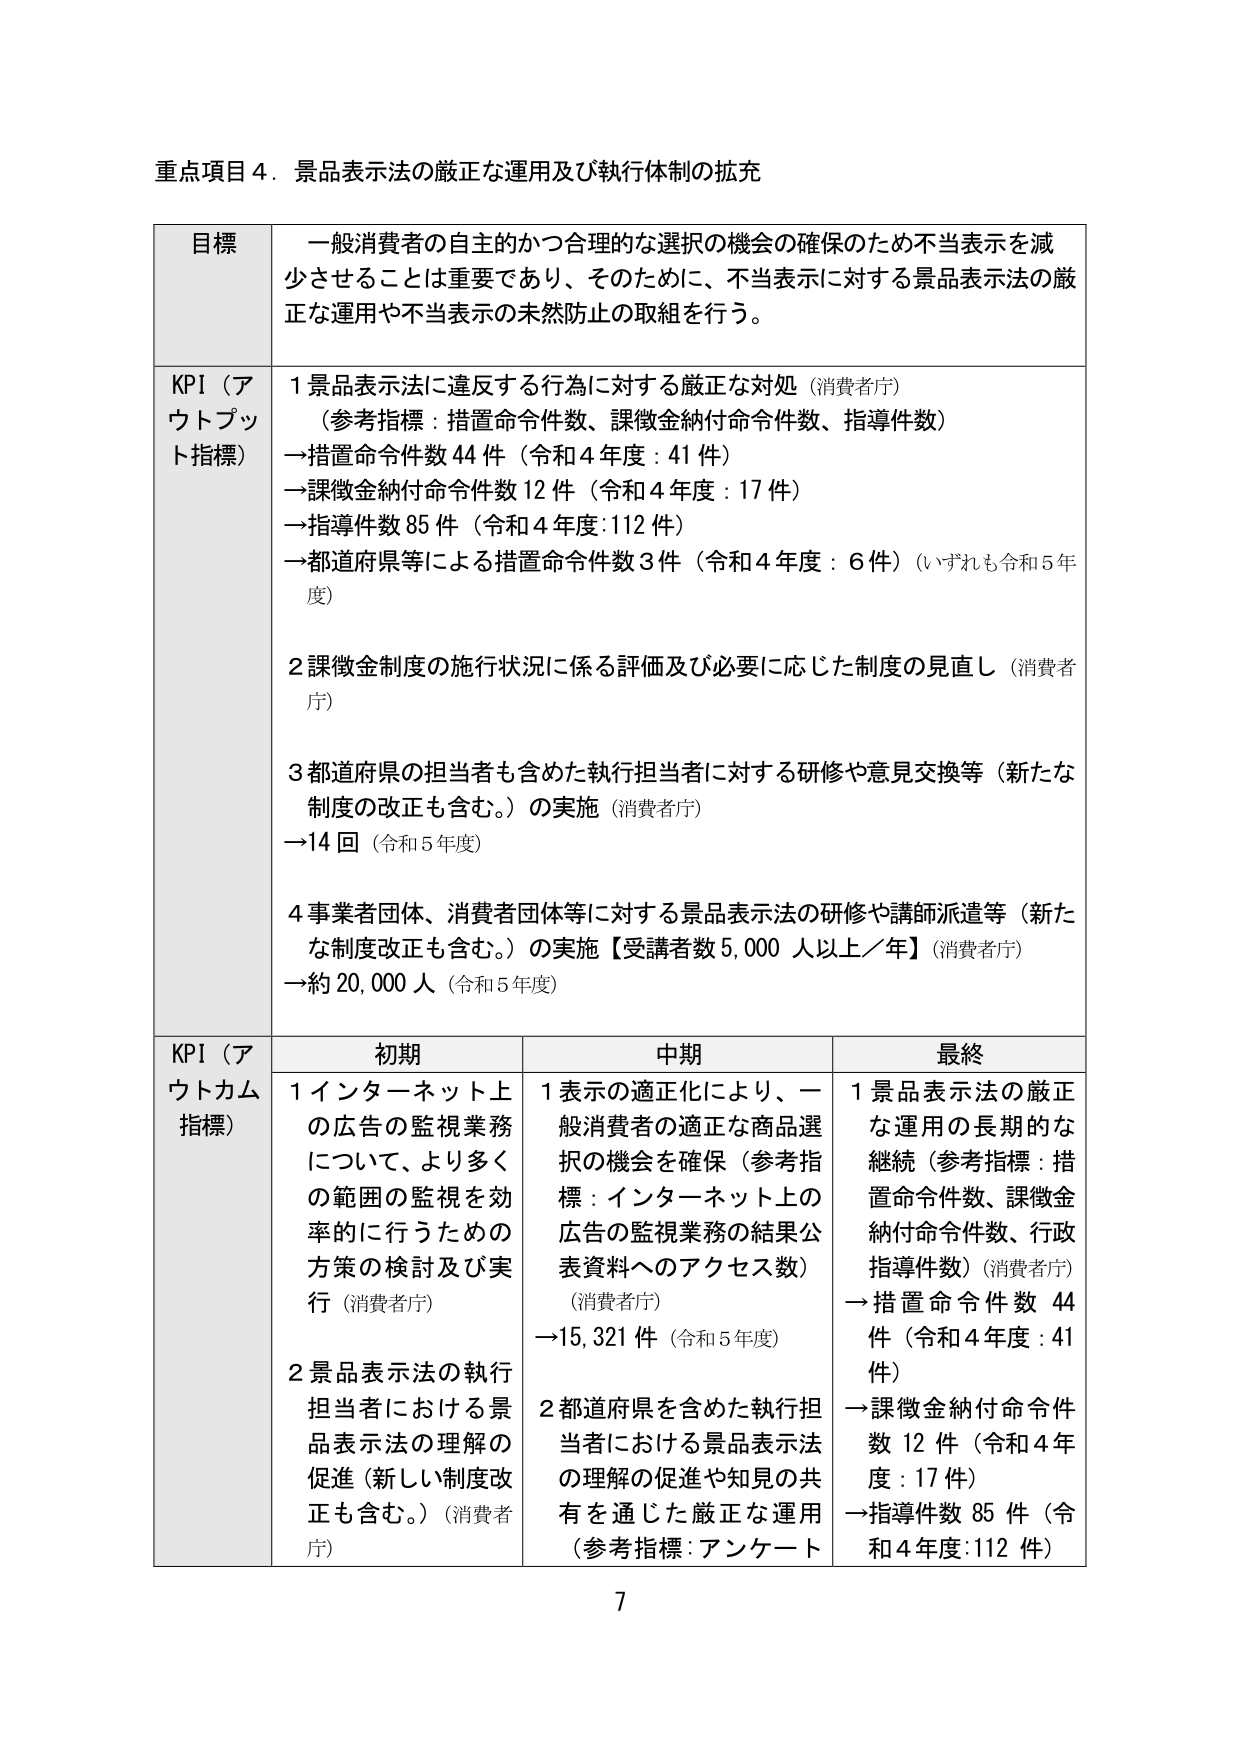
重点項目４．景品表示法の厳正な運用及び執行体制の拡充

目標
一般消費者の自主的かつ合理的な選択の機会の確保のため不当表示を減少させることは重要であり、そのために、不当表示に対する景品表示法の厳正な運用や不当表示の未然防止の取組を行う。

KPI（アウトプット指標）
１景品表示法に違反する行為に対する厳正な対処（消費者庁）
（参考指標：措置命令件数、課徴金納付命令件数、指導件数）
→措置命令件数 44 件（令和４年度：41 件）
→課徴金納付命令件数 12 件（令和４年度：17 件）
→指導件数 85 件（令和４年度：112 件）
→都道府県等による措置命令件数 3 件（令和４年度：6 件）（いずれも令和５年度）

２課徴金制度の施行状況に係る評価及び必要に応じた制度の見直し（消費者庁）

３都道府県の担当者も含めた執行担当者に対する研修や意見交換等（新たな制度の改正も含む。）の実施（消費者庁）
→14 回（令和５年度）

４事業者団体、消費者団体等に対する景品表示法の研修や講師派遣等（新たな制度改正も含む。）の実施【受講者数 5,000 人以上／年】（消費者庁）
→約 20,000 人（令和５年度）

KPI（アウトカム指標）
初期
１インターネット上の広告の監視業務について、より多くの範囲の監視を効率的に行うための方策の検討及び実行（消費者庁）
２景品表示法の執行担当者における景品表示法の理解の促進（新しい制度改正も含む。）（消費者庁）

中期
１表示の適正化により、一般消費者の適正な商品選択の機会を確保（参考指標：インターネット上の広告の監視業務の結果公表資料へのアクセス数）（消費者庁）
→15,321 件（令和５年度）
２都道府県を含めた執行担当者における景品表示法の理解の促進や知見の共有を通じた厳正な運用（参考指標：アンケート）

最終
１景品表示法の厳正な運用の長期的な継続（参考指標：措置命令件数、課徴金納付命令件数、行政指導件数）（消費者庁）
→措置命令件数 44 件（令和４年度：41 件）
→課徴金納付命令件数 12 件（令和４年度：17 件）
→指導件数 85 件（令和４年度：112 件）

7